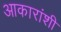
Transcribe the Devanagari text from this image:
आकारांशी